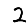
Digit: 2